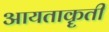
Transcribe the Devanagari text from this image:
आयताकॄती